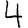
Digit: 4